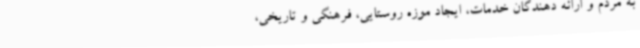
به مردم و ارائه دهندگان خدمات، ایجاد موزه روستایی، فرهنگی و تاریخی،